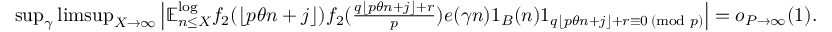
\begin{array} { r } { \operatorname* { s u p } _ { \gamma } \operatorname* { l i m s u p } _ { X \to \infty } \left| \mathbb { E } _ { n \leq X } ^ { \log } f _ { 2 } ( \lfloor p \theta n + j \rfloor ) f _ { 2 } ( \frac { q \lfloor p \theta n + j \rfloor + r } { p } ) e ( \gamma n ) 1 _ { B } ( n ) 1 _ { q \lfloor p \theta n + j \rfloor + r \equiv 0 \, ( \operatorname { m o d } \, p ) } \right| = o _ { P \rightarrow \infty } ( 1 ) . } \end{array}